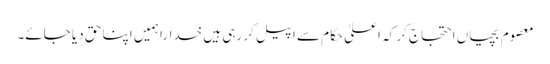
معصوم بچیاں احتجاج کر کہ اعلیٰ حکام سے اپیل کر رہی ہیں خدارا ہمیں اپنا حق دیا جائے۔